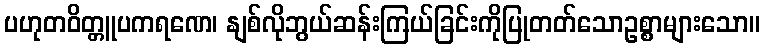
ပဟုတဝိတ္တူပကရဏေ၊ နျစ်လိုဘွယ်ဆန်းကြယ်ခြင်းကိုပြုတတ်သောဥစ္စာများသော။